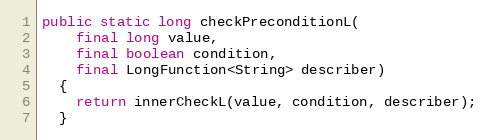
Language: Java
public static long checkPreconditionL(
    final long value,
    final boolean condition,
    final LongFunction<String> describer)
  {
    return innerCheckL(value, condition, describer);
  }